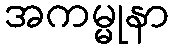
အကမ္မုနာ